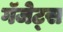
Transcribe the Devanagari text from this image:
गॅजेट्स